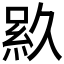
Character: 𬗎